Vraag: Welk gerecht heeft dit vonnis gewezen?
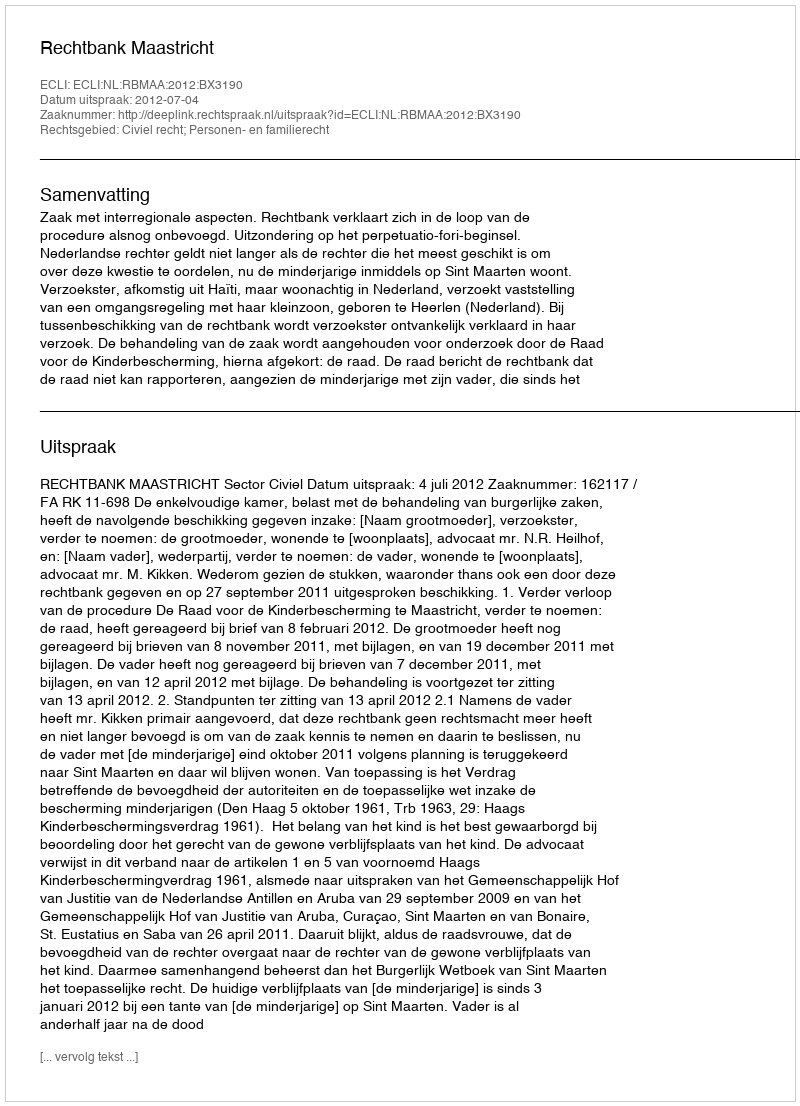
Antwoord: Rechtbank Maastricht